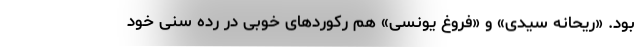
بود. «ریحانه سیدی» و «فروغ یونسی» هم رکوردهای خوبی در رده سنی خود